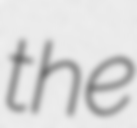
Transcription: the